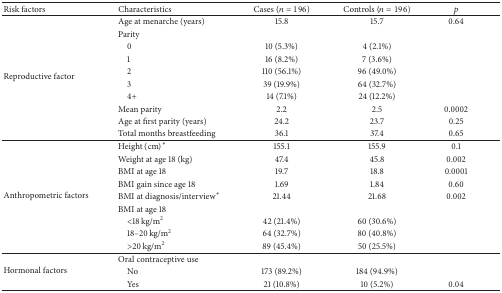
<table><thead><tr><td><b>Risk factors</b></td><td><b>Characteristics</b></td><td><b>Cases (<i>n</i> = 196)</b></td><td><b>Controls (<i>n</i> = 196)</b></td><td><b><i>p</i></b></td></tr></thead><tbody><tr><td rowspan="10">Reproductive factor</td><td>Age at menarche (years)</td><td>15.8</td><td>15.7</td><td>0.64</td></tr><tr><td>Parity</td><td> </td><td> </td><td> </td></tr><tr><td> 0</td><td>10 (5.3%)</td><td>4 (2.1%)</td><td> </td></tr><tr><td> 1</td><td>16 (8.2%)</td><td>7 (3.6%)</td><td> </td></tr><tr><td> 2</td><td>110 (56.1%)</td><td>96 (49.0%)</td><td> </td></tr><tr><td> 3</td><td>39 (19.9%)</td><td>64 (32.7%)</td><td> </td></tr><tr><td> 4+</td><td>14 (7.1%)</td><td>24 (12.2%)</td><td> </td></tr><tr><td>Mean parity</td><td>2.2</td><td>2.5</td><td>0.0002</td></tr><tr><td>Age at first parity (years)</td><td>24.2</td><td>23.7</td><td>0.25</td></tr><tr><td>Total months breastfeeding</td><td>36.1</td><td>37.4</td><td>0.65</td></tr><tr><td rowspan="9">Anthropometric factors</td><td>Height (cm)<sup><i>∗</i></sup></td><td>155.1</td><td>155.9</td><td>0.1</td></tr><tr><td>Weight at age 18 (kg)</td><td>47.4</td><td>45.8</td><td>0.002</td></tr><tr><td>BMI at age 18</td><td>19.7</td><td>18.8</td><td>0.0001</td></tr><tr><td>BMI gain since age 18</td><td>1.69</td><td>1.84</td><td>0.60</td></tr><tr><td>BMI at diagnosis/interview<sup><i>∗</i></sup></td><td>21.44</td><td>21.68</td><td>0.002</td></tr><tr><td>BMI at age 18</td><td> </td><td> </td><td> </td></tr><tr><td> &lt;18 kg/m<sup>2</sup></td><td>42 (21.4%)</td><td>60 (30.6%)</td><td> </td></tr><tr><td> 18–20 kg/m<sup>2</sup></td><td>64 (32.7%)</td><td>80 (40.8%)</td><td> </td></tr><tr><td> &gt;20 kg/m<sup>2</sup></td><td>89 (45.4%)</td><td>50 (25.5%)</td><td> </td></tr><tr><td rowspan="3">Hormonal factors</td><td>Oral contraceptive use</td><td> </td><td> </td><td> </td></tr><tr><td> No</td><td>173 (89.2%)</td><td>184 (94.9%)</td><td> </td></tr><tr><td> Yes</td><td>21 (10.8%)</td><td>10 (5.2%)</td><td>0.04</td></tr></tbody></table>